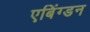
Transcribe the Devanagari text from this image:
एबिंग्डन